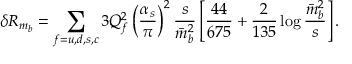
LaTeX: \delta R _ { m _ { b } } = \sum _ { f = u , d , s , c } 3 Q _ { f } ^ { 2 } \left( \frac { \alpha _ { s } } { \pi } \right) ^ { 2 } \frac { s } { \bar { m } _ { b } ^ { 2 } } \left[ \frac { 4 4 } { 6 7 5 } + \frac { 2 } { 1 3 5 } \log \frac { \bar { m } _ { b } ^ { 2 } } { s } \right] .